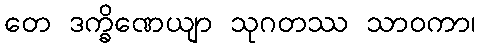
တေ ဒက္ခိဏေယျာ သုဂတဿ သာဝကာ၊